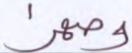
وصهرا